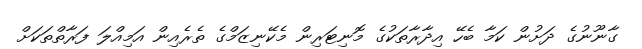
ގާނޫނުގެ ދަށުން ކަމާ ބެހޭ އިދާރާތަކުގެ މޮނިޓަރިން މެކޭނިޒަމްގެ ތެރެއިން އަމިއްލަ ފަރާތްތަކަށް